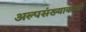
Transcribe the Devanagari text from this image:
अल्पसंख्याकांची